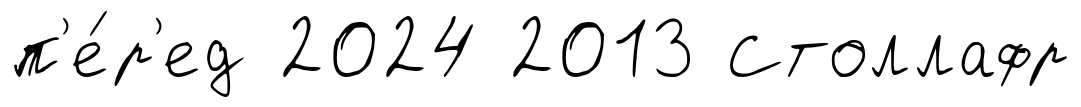
п'е́р'ед 2024 2013 Столлафр